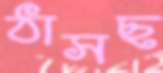
ঠাসছ